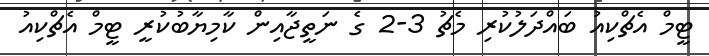
ޓީމް އެޗްކިއު ބައްދަލުކުރި މެޗު 3-2 ގެ ނަތީޖާއިން ކާމިޔާބުކުރީ ޓީމް އެޗްކިއު